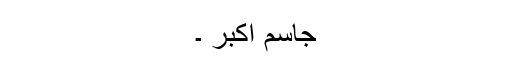
جاسم اکبر ۔